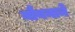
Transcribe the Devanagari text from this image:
यौवनाने